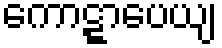
ကောဋ္ဋာပေယျ